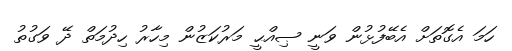
ހަމަ އެގޮތަށް އެބޭފުޅުން ވަނީ ޞިއްޙީ މަރުކަޒުން މިހާރު ހިދުމަތް ދޭ ވަގުތު